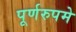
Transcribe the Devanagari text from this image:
पूर्णरुपमे